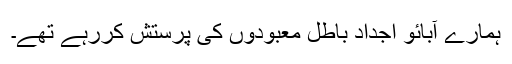
ہمارے آبائو اجداد باطل معبودوں کی پرستش کررہے تھے۔